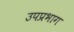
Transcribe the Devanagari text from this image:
उपप्रभाग